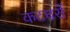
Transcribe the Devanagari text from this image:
कटघरों